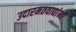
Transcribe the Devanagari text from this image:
उदारमतवाद्यांनी